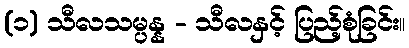
(၁) သီလသမ္ပန္န - သီလနှင့် ပြည့်စုံခြင်း။